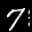
Label: 7